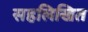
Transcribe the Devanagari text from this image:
सहलिखित